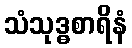
သံသုဒ္ဓစာရိနံ